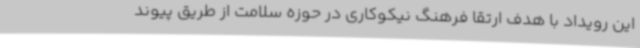
این رویداد با هدف ارتقا فرهنگ نیکوکاری در حوزه سلامت از طریق پیوند